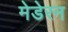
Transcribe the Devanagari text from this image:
मेडेरन